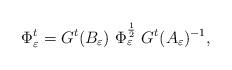
LaTeX: \begin{align*}\Phi^t_\varepsilon =G^t(B_\varepsilon)\ \Phi^{\frac 1 2}_\varepsilon\ G^t(A_\varepsilon)^{-1},\end{align*}